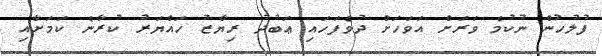
ފުލުހުން ނުކުމެ ވަރަށް އަވަހަށް ދުވެފަހައި ޢަބުދު ރިޔާޒު ހައްޔަރު ކުރާނެ ކަމަށާއި